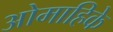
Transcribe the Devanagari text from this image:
ओमाहिके